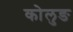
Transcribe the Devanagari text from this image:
कोलुङ